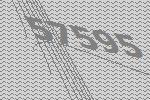
57595